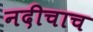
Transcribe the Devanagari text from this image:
नदीचाच